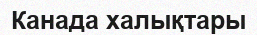
Канада халықтары